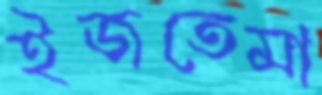
ইজতেমা